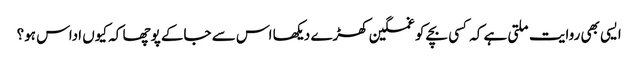
ایسی بھی روایت ملتی ہے کہ کسی بچے کو غمگین کھڑے دیکھا اس سے جاکے پوچھا کہ کیوں اداس ہو؟